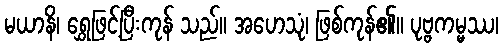
မယာနိ၊ ရွှေဖြင့်ပြီးကုန် သည်။ အဟေသုံ၊ ဖြစ်ကုန်၏။ ပုဗ္ဗကမ္မဿ၊